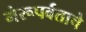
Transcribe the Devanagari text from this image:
मेरूपर्वताचे